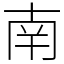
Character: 南